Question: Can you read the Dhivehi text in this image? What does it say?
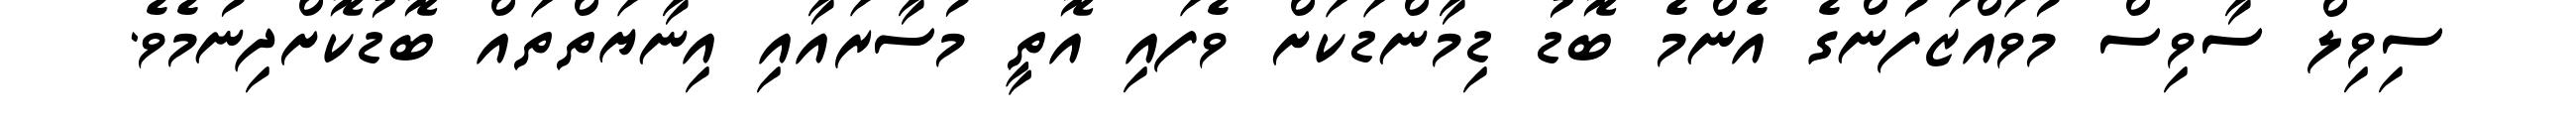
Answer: ސިވިލް ސާވިސް މުވައްޒަފުންގެ އެންމެ ބޮޑު ޑިމާންޑަކަށް ވެފައި އޮތީ މުސާރައާއި އިނާޔަތްތައް ބޮޑުކޮށްދިނުމެވެ.